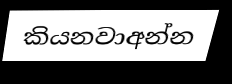
කියනවාඅන්න